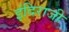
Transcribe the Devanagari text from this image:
इंदिराजी